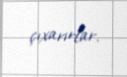
çıxarırlar.